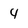
Character: 4